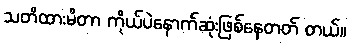
သတိထားမိတာ ကိုယ်ပဲနောက်ဆုံးဖြစ်နေတတ် တယ်။